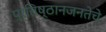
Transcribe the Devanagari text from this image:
प्रतिष्ठानजनतेचे